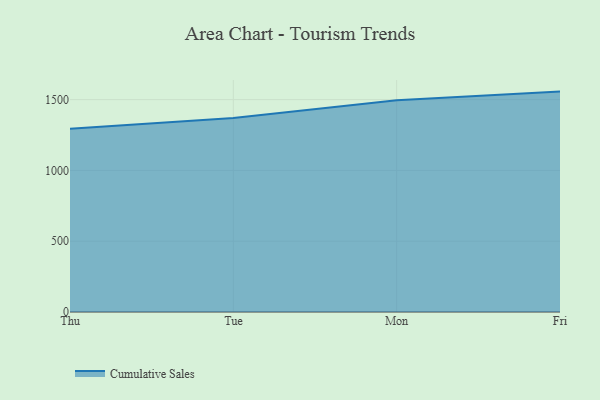
{"axis": {"x": "Day", "y": "Churn Rate (%)"}, "legend": ["Cumulative Sales"], "data": [{"x": "Thu", "y": 1294.5, "type": "Cumulative Sales"}, {"x": "Tue", "y": 1369.7, "type": "Cumulative Sales"}, {"x": "Mon", "y": 1495.8, "type": "Cumulative Sales"}, {"x": "Fri", "y": 1556.5, "type": "Cumulative Sales"}]}